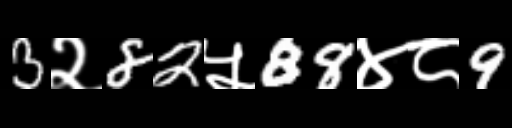
Text: 3२82५88४८9